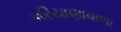
કરિયાણાવાળા